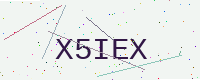
Text: X5IEX